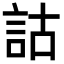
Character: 詁